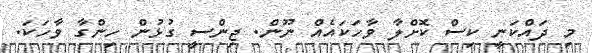
މި ދައްކަނީ ކިސް ކޮށްލާ ވާހަކައެއް ނޫން. ޖިންސީ ގުޅުން ހިންގާ ވާހަކަ.